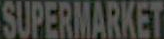
SUPERMARKET